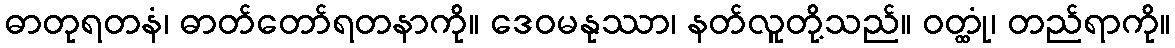
ဓာတုရတနံ၊ ဓာတ်တော်ရတနာကို။ ဒေဝမနုဿာ၊ နတ်လူတို့သည်။ ဝတ္ထုံ၊ တည်ရာကို။